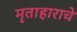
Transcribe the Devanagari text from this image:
मृताहाराचे